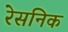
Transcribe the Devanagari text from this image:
रेसनिक